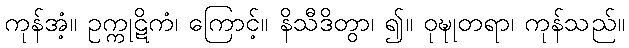
ကုန်အံ့။ ဥက္ကုဋိကံ၊ ကြောင့်။ နိသီဒိတွာ၊ ၍။ ဝုဍ္ဎုတရာ၊ ကုန်သည်။